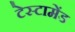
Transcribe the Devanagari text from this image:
टेस्टामेंड